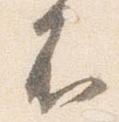
不